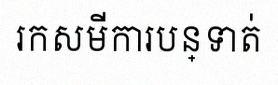
រកសមីការបន្ទាត់